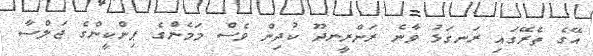
އޭގެ ތެރޭގައި ރަނގަޅު ވާނެ ރަންރީނދޫ ކުދިން ވެސް މަމެންގެ ޕިންކީންގެ ޖަލްސާ